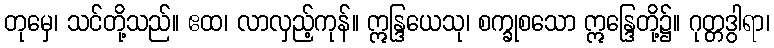
တုမှေ၊ သင်တို့သည်။ ဧထ၊ လာလှည့်ကုန်။ ဣန္ဒြယေသု၊ စက္ခုစသော ဣန္ဒြေတို့၌။ ဂုတ္တဒွါရာ၊